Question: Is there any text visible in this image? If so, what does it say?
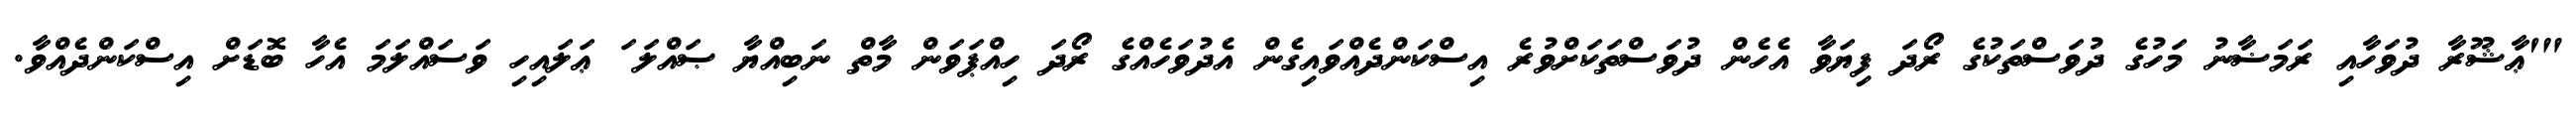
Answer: "'ޢާޝޫރާ ދުވަހާއި ރަމަޟާނު މަހުގެ ދުވަސްތަކުގެ ރޯދަ ފިޔަވާ އެހެން ދުވަސްތަކަށްވުރެ އިސްކަންދެއްވައިގެން އެދުވަހެއްގެ ރޯދަ ހިއްޕަވަން މާތް ނަބިއްޔާ ޞައްލަ ަ ޢަލައިހި ވަސައްލަމަ އެހާ ބޮޑަށް އިސްކަންދެއްވާ.